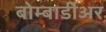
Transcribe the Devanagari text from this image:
बोम्बार्डीअर